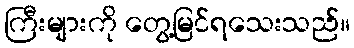
ကြီးများကို တွေ့မြင်ရသေးသည်။